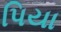
પિયા